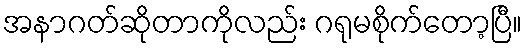
အနာဂတ်ဆိုတာကိုလည်း ဂရုမစိုက်တော့ပြီ။